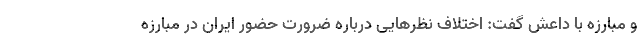
و مبارزه با داعش گفت: اختلاف نظرهایی درباره ضرورت حضور ایران در مبارزه